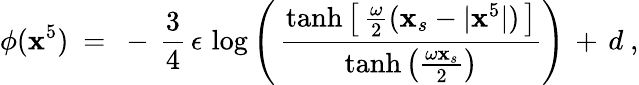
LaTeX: \phi(\mathbf{x}^{5})\ =\ -\, \frac{{3}}{{4}}\, \epsilon\, \log\left(\, \frac{{\operatorname{tanh}\left[\, \frac{{\omega}}{{2}}(\mathbf{x}_{s}-|\mathbf{x}^{5}|)\, \right]}}{{\operatorname{tanh}\left(\frac{{\omega\mathbf{x}_{s}}}{{2}}\right)}}\right)\, +\, d\ ,